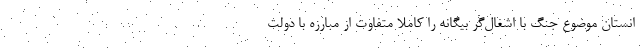
انستان موضوع جنگ با اشغال‌گر بیگانه را کاملا متفاوت از مبارزه با دولت